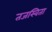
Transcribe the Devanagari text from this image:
तजस्विता